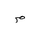
Letter: _mim